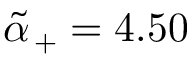
\tilde { \alpha } _ { \, + } = 4 . 5 0